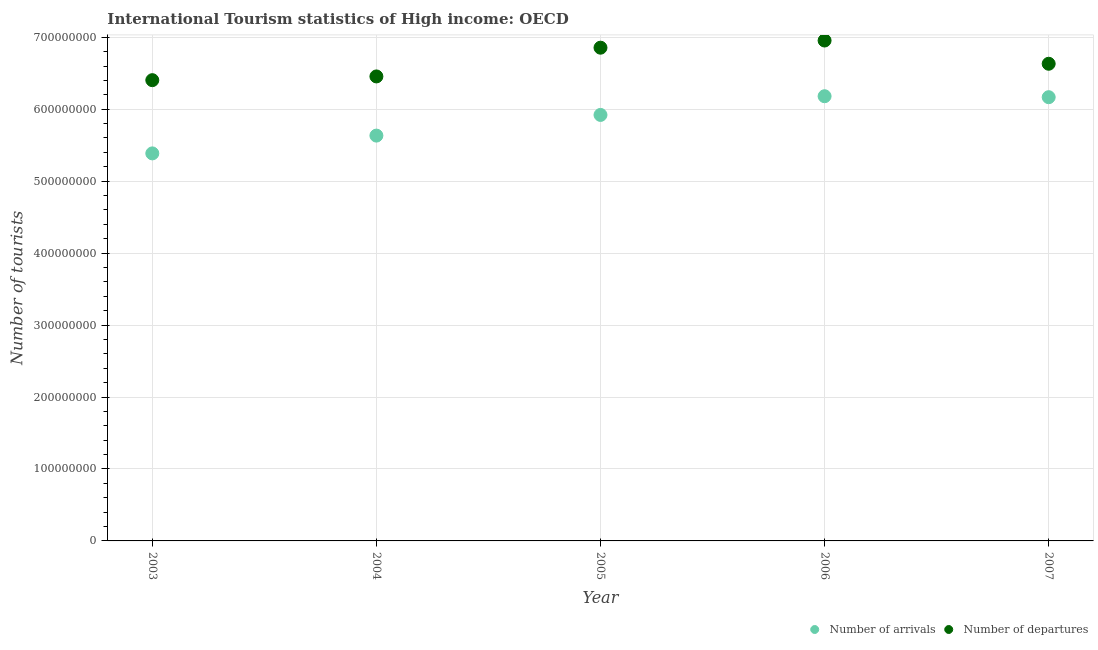
| Year | Number of arrivals | Number of departures |
 | --- | --- | --- |
 | 2003 | 5.39e+08 | 6.4e+08 |
 | 2004 | 5.63e+08 | 6.46e+08 |
 | 2005 | 5.92e+08 | 6.85e+08 |
 | 2006 | 6.18e+08 | 6.95e+08 |
 | 2007 | 6.17e+08 | 6.63e+08 |